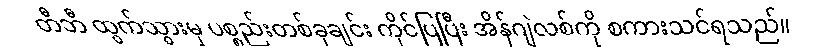
တီဘီ ထွက်သွားမှ ပစ္စည်းတစ်ခုချင်း ကိုင်ပြပြီး အိန်ဂျဲလစ်ကို စကားသင်ရသည်။